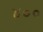
૪૦૦